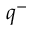
q ^ { - }